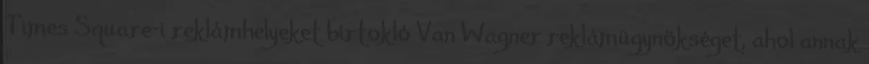
Times Square-i reklámhelyeket birtokló Van Wagner reklámügynökséget, ahol annak